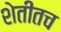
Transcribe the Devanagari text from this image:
शेतीतच